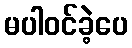
မပါဝင်ခဲ့ပေ